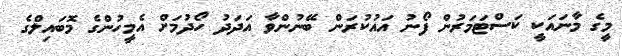
މީގެ މާނައަކީ ކަސްޓަމަރުން ފޯނު އައުކުރަން ބޭނުންވާ އަދަދު ހޯދުމަށް އެމީހުންގެ މޮބައިލްގެ